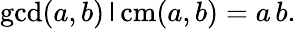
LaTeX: \operatorname*{gcd}(a,b)\operatorname{\mathsf{l}cm}(a,b)=a\, b.